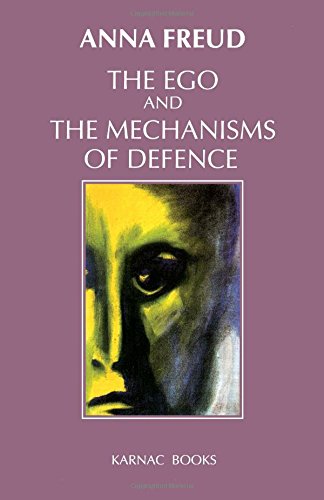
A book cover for The Ego and the Mechanisms of Defence; Anna Freud; Medical Books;